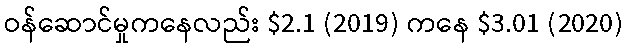
ဝန်ဆောင်မှုကနေလည်း $2.1 (2019) ကနေ $3.01 (2020)